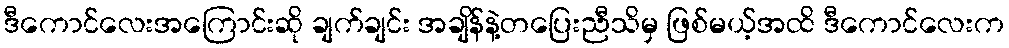
ဒီကောင်လေးအကြောင်းဆို ချက်ချင်း အချိန်နဲ့တပြေးညီသိမှ ဖြစ်မယ့်အထိ ဒီကောင်လေးက